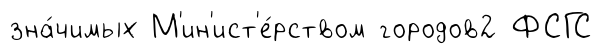
зна́чимых М'ин'ист'е́рством городов2 ФСГС